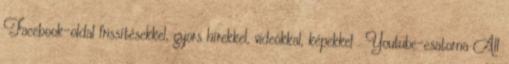
Facebook-oldal frissítésekkel, gyors hírekkel, videókkal, képekkel . Youtube-csatorna All